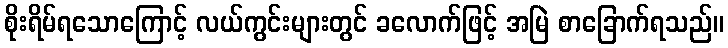
စိုးရိမ်ရသောကြောင့် လယ်ကွင်းများတွင် ခလောက်ဖြင့် အမြဲ စာခြောက်ရသည်။